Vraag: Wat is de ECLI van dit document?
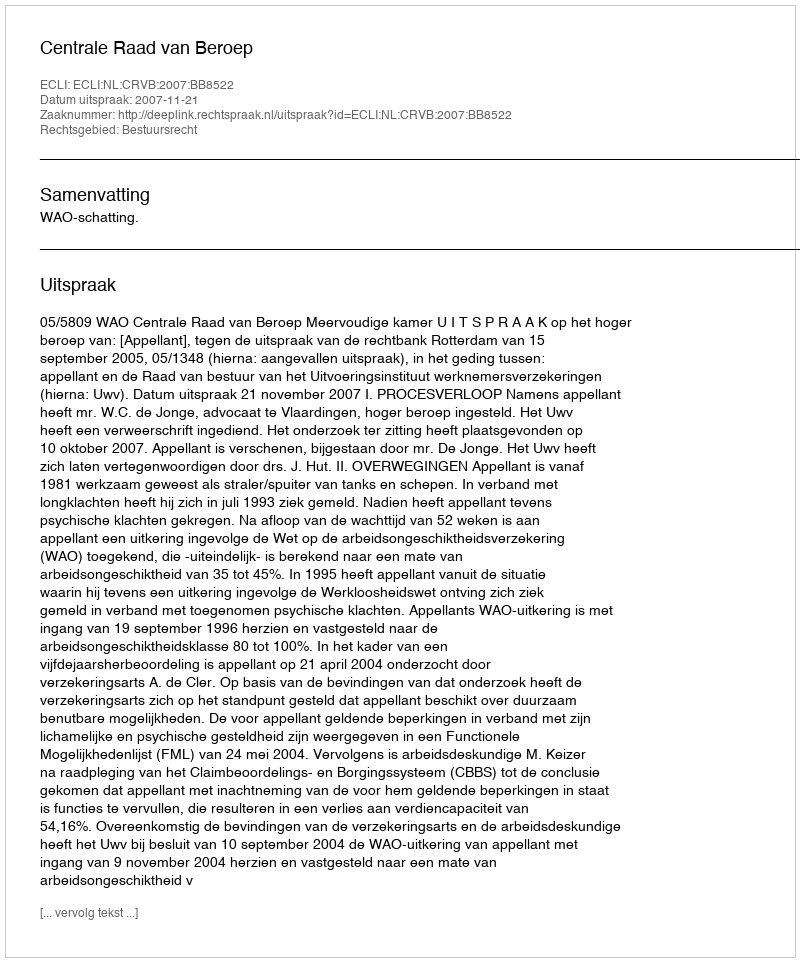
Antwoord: ECLI:NL:CRVB:2007:BB8522